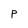
Character: P